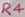
Text: R4